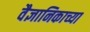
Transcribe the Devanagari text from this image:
वैज्ञानिकाच्या